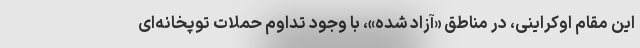
این مقام اوکراینی، در مناطق «آزاد شده»، با وجود تداوم حملات توپخانه‌ای